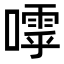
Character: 𡀛